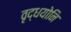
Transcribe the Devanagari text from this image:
वृद्धयोनि